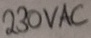
Text: 230VAC